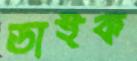
ডাইক